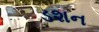
ડશન